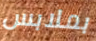
بملابس